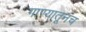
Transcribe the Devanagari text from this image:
गाण्यातूनच